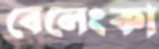
বেলেংকা